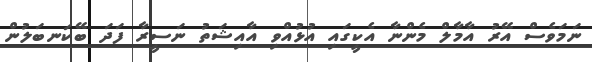
ނަމަވެސް އޭރު އާމާލް މެންނާ އެކީގައި އުޅުއްވި އާއިޝަތު ނަސީރާ ފަދަ ބޭކަނބަލުން